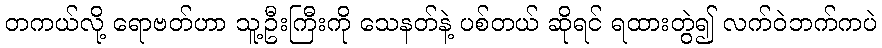
တကယ်လို့ ရောဗတ်ဟာ သူ့ဦးကြီးကို သေနတ်နဲ့ ပစ်တယ် ဆိုရင် ရထားတွဲ၍ လက်ဝဲဘက်ကပဲ